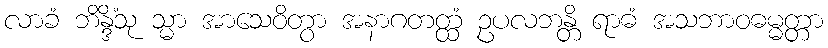
လာခံ ဘိန္ဒိံသု သ္မာ အာသေဝိတွာ အနာဂတတ္ထံ ဥပလဘန္တိ ရာဓံ အသဘာဝဓမ္မတ္တာ